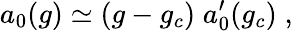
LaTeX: a_{0}(g)\simeq(g-g_{c})\; a_{0}^{\prime}(g_{c})\; ,